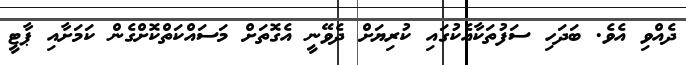
ދެއްވި އެވެ. ބަދަހި ސަފުތަކާއެކުގައި ކުރިޔަށް ދެވޭނީ އެގޮތަށް މަސައްކަތްކޮށްގެން ކަމަށާއި ޕާޓީ